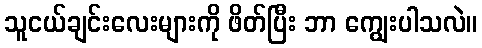
သူငယ်ချင်းလေးများကို ဖိတ်ပြီး ဘာ ကျွေးပါသလဲ။